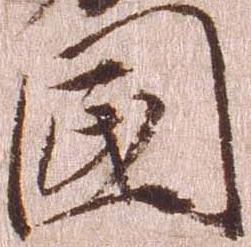
国